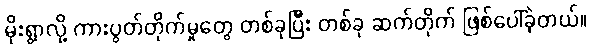
မိုးရွာလို့ ကားပွတ်တိုက်မှုတွေ တစ်ခုပြီး တစ်ခု ဆက်တိုက် ဖြစ်ပေါ်ခဲ့တယ်။